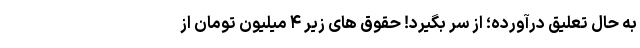
به حال تعلیق درآورده؛ از سر بگیرد! حقوق‌ های زیر ۴ میلیون تومان از